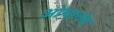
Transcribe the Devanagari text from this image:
ओमानंद